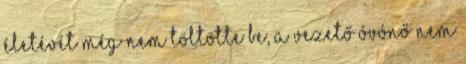
életévét még nem töltötte be, a vezető óvónő nem